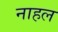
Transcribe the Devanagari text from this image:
नाहल